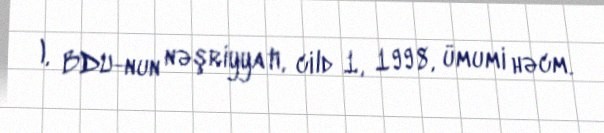
), BDU-nun nəşriyyatı, cild 1, 1998, ümumi həcm.